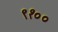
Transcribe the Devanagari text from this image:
९१००